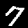
Digit: 7